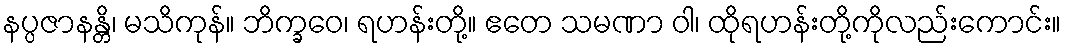
နပ္ပဇာနန္တိ၊ မသိကုန်။ ဘိက္ခဝေ၊ ရဟန်းတို့။ ဧတေ သမဏာ ဝါ၊ ထိုရဟန်းတို့ကိုလည်းကောင်း။